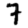
Digit: 7